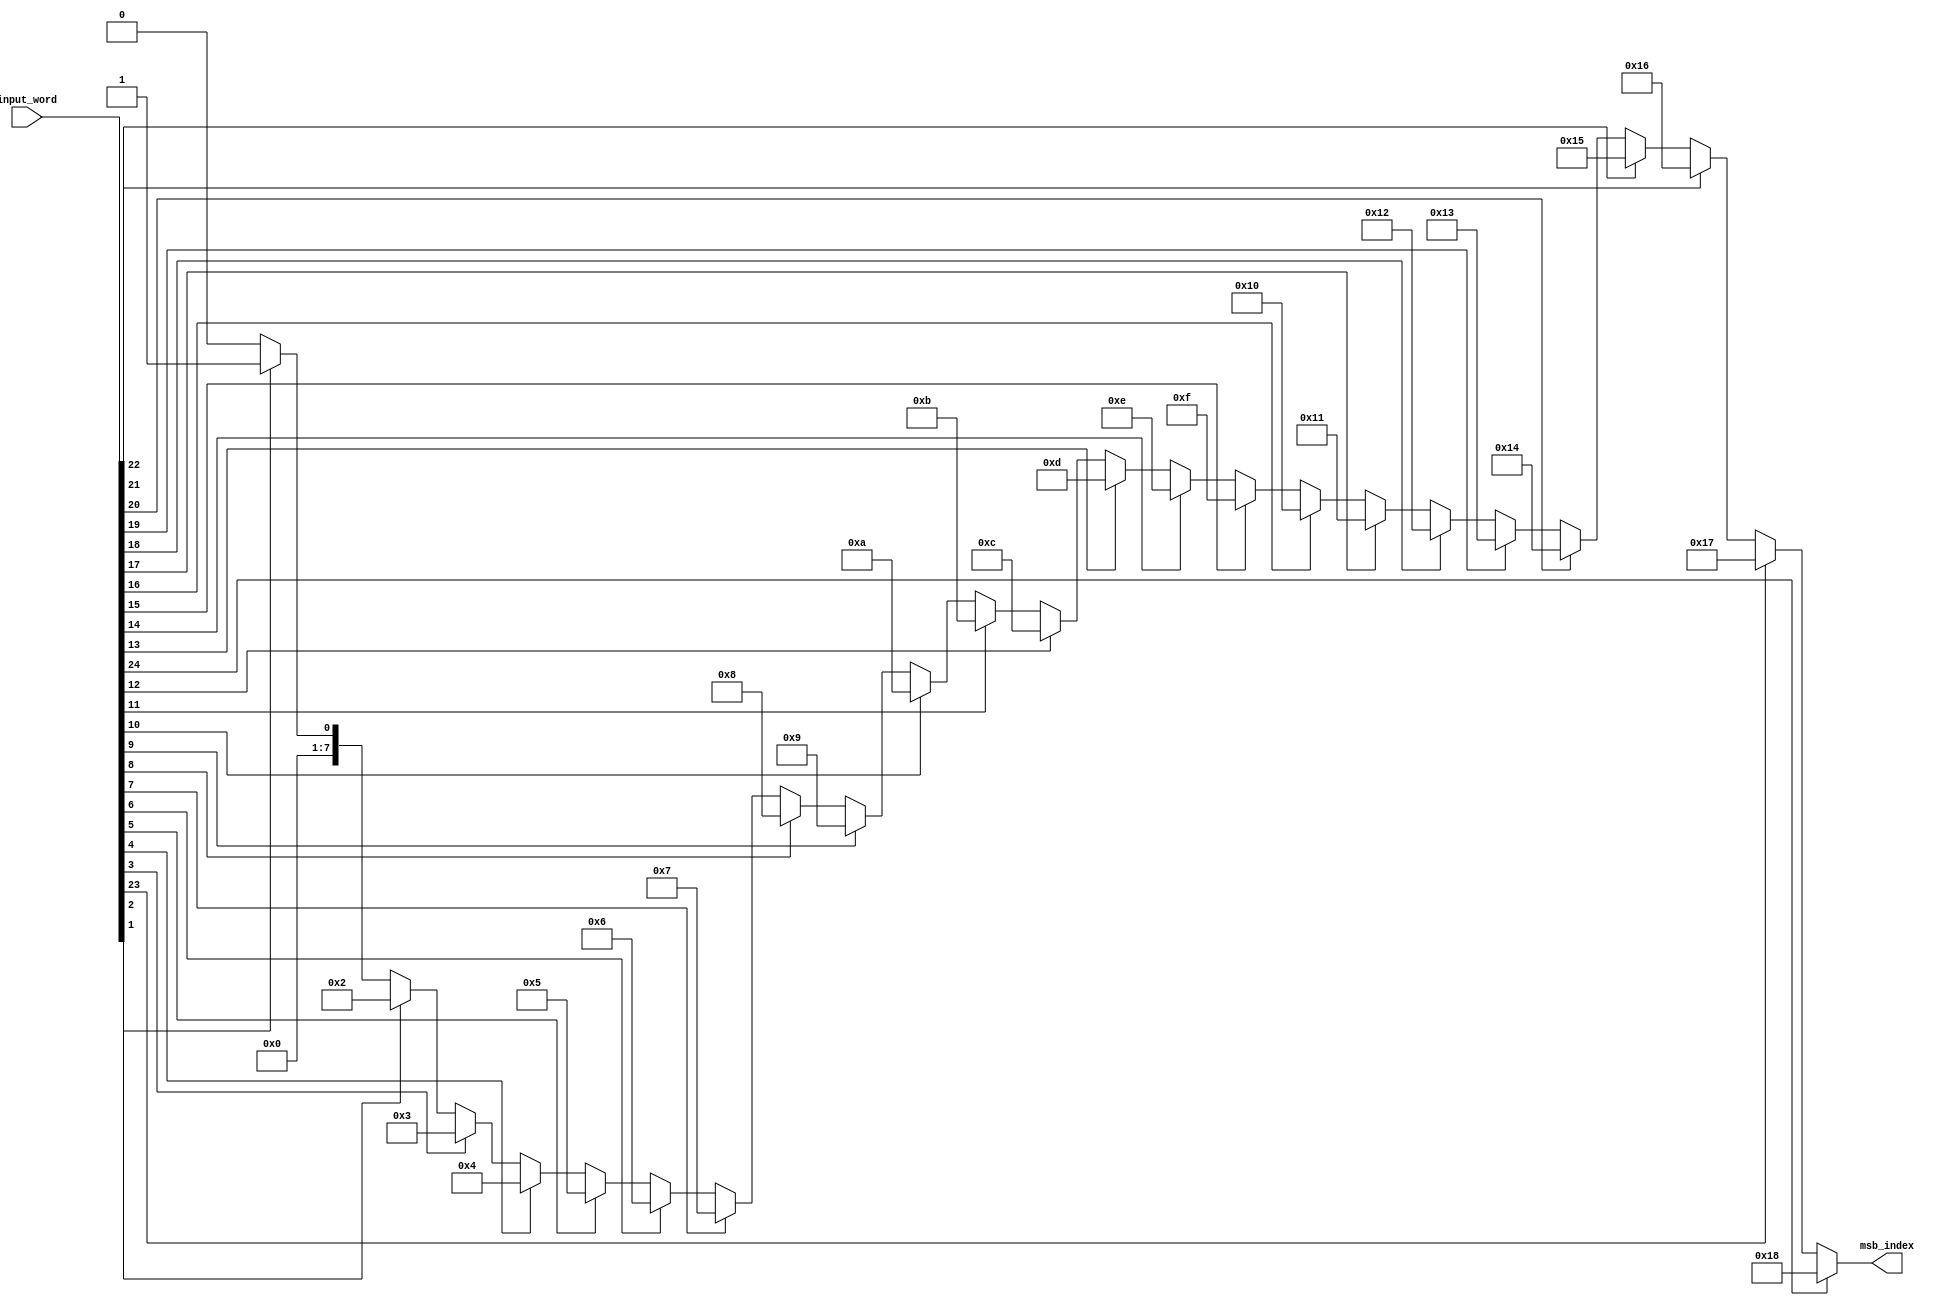
`timescale 1ns / 1ps
//////////////////////////////////////////////////////////////////////////////////
// Company: 
// Engineer: 
// 
// Design Name: 
// Module Name:    priority_coder 
// Project Name: 
// Target Devices: 
// Tool versions: 
// Description: 
//
// Dependencies: 
//
// Revision: 
// Revision 0.01 - File Created
// Additional Comments: 
//
//////////////////////////////////////////////////////////////////////////////////
module priority_coder(input_word, msb_index);
parameter word_size = 25;
input [word_size-1:0] input_word;
output reg [7:0] msb_index;

integer i;

always@(*)begin
	msb_index = 0;
	for(i = 0; i < word_size; i = i +1)begin
		if(input_word[i])
			msb_index = i;
	end
end

endmodule